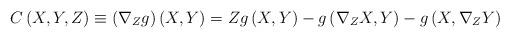
LaTeX: \begin{align*}C\left( X,Y,Z\right) \equiv \left( \nabla _{Z}g\right) \left( X,Y\right)=Zg\left( X,Y\right) -g\left( \nabla _{Z}X,Y\right) -g\left( X,\nabla_{Z}Y\right) \end{align*}